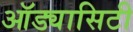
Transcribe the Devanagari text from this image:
ऑड्यासिटी